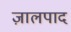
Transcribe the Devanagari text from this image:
ज़ालपाद